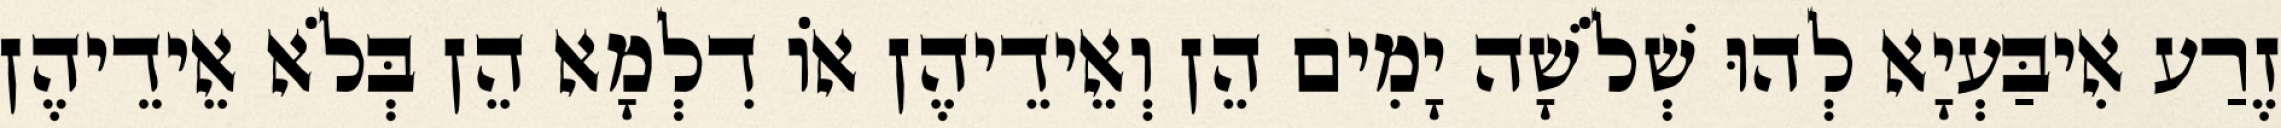
זֶרַע אִיבַּעְיָא לְהוּ שְׁלֹשָׁה יָמִים הֵן וְאֵידֵיהֶן אוֹ דִלְמָא הֵן בְּלֹא אֵידֵיהֶן